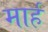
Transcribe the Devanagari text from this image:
मार्ह